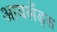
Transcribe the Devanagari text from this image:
आयलँड्स